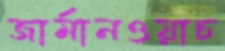
জার্মানওয়াচ